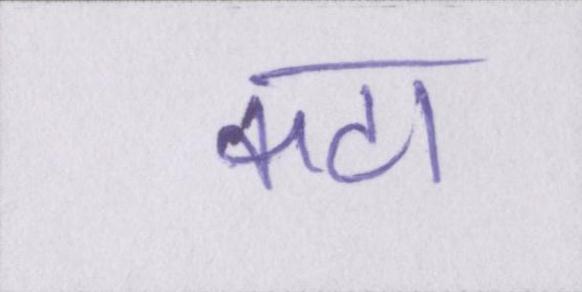
कटा